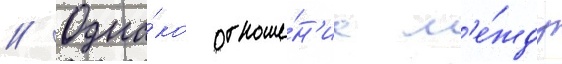
// Одна́ко отноше́н'иа м'е́жду